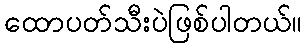
ထောပတ်သီးပဲဖြစ်ပါတယ်။